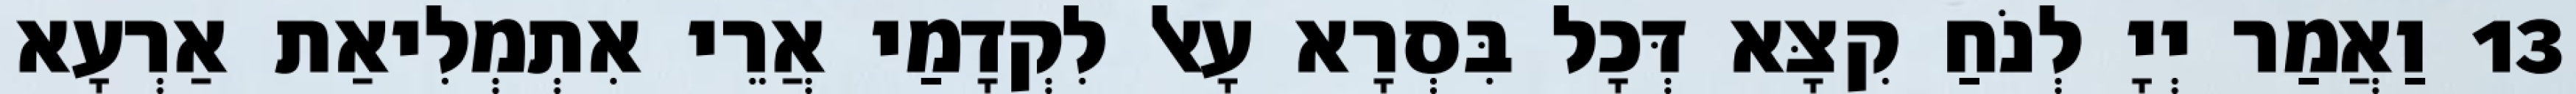
13 וַאֲמַר יְיָ לְנֹחַ קִצָּא דְּכָל בִּסְרָא עָאל לִקְדָמַי אֲרֵי אִתְמְלִיאַת אַרְעָא